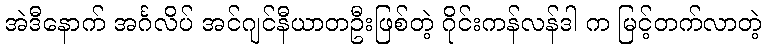
အဲဒီနောက် အင်္ဂလိပ် အင်ဂျင်နီယာတဦးဖြစ်တဲ့ ဂိုင်းကန်လန်ဒါ က မြင့်တက်လာတဲ့